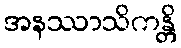
အနဿာသိကန္တိ